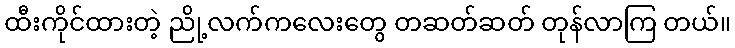
ထီးကိုင်ထားတဲ့ ညို့လက်ကလေးတွေ တဆတ်ဆတ် တုန်လာကြ တယ်။